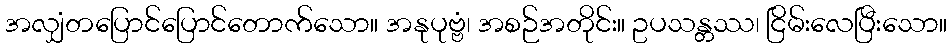
အလျှံတပြောင်ပြောင်တောက်သော။ အနုပုဗ္ဗံ၊ အစဉ်အတိုင်း။ ဥပသန္တဿ၊ ငြိမ်းလေပြီးသော။